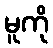
မူကို